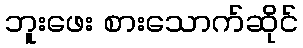
ဘူးဖေး စားသောက်ဆိုင်